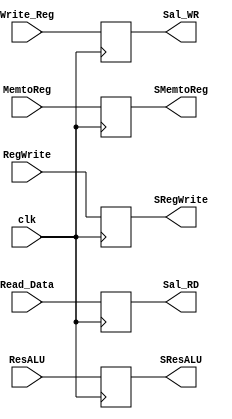

module Buffer4(
	input [31:0]Read_Data,ResALU,
	input[4:0]Write_Reg,
	input MemtoReg,RegWrite,
	input clk,
	output reg[31:0]Sal_RD, SResALU,
	output reg[4:0]Sal_WR,
	output reg SMemtoReg,SRegWrite
);

always @(posedge clk)
	begin
		Sal_RD = Read_Data;
	   SResALU = ResALU;
		Sal_WR = Write_Reg;
		
		SMemtoReg = MemtoReg;
		SRegWrite = RegWrite;
	end

endmodule